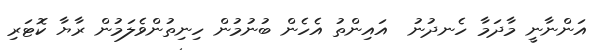
އަންނާނީ މާދަމާ ހެނދުނު  އައިންތު އެހެން ބުނުމުން ހިނިތުންވެލަމުން ރާޔާ ކޮޓަރި